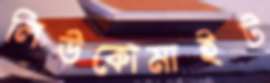
লিউকোমাইট